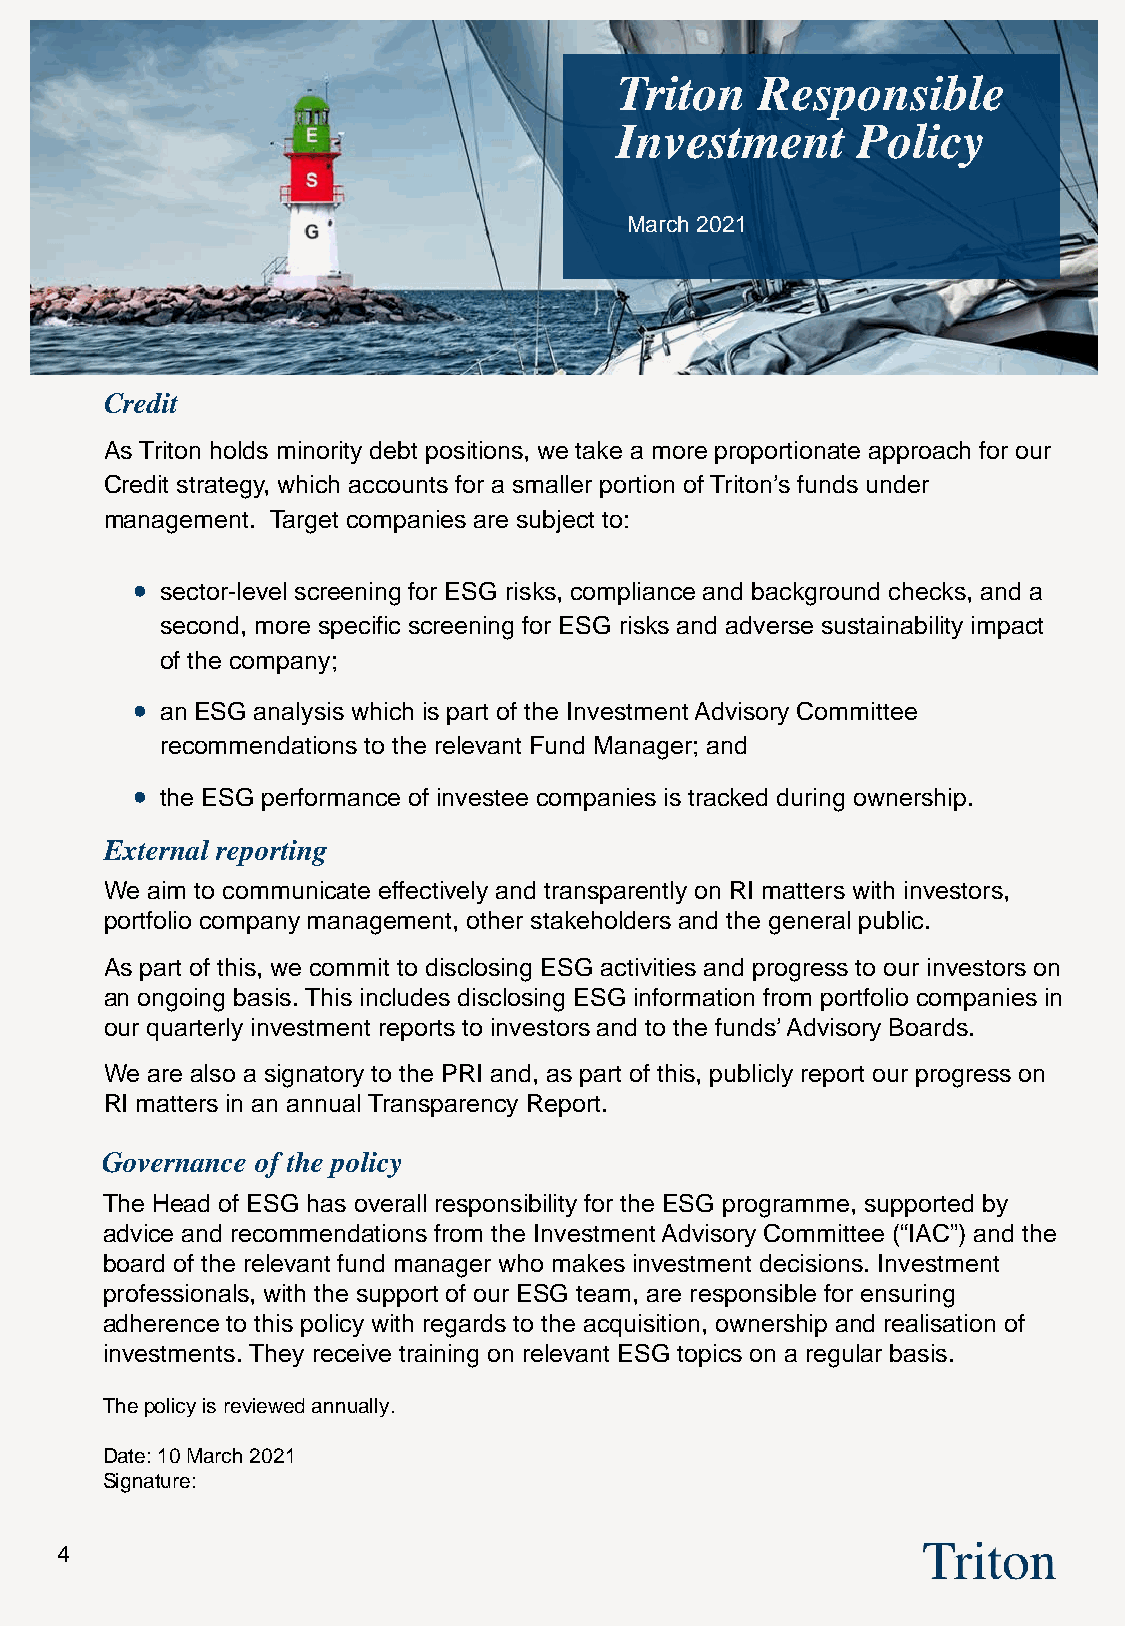
Triton   Responsible
 Investment      Policy
 March 2021
 Credit
 As Triton holds minority debt positions, we take a more proportionate approach for our
 Credit strategy, which accounts for a smaller portion of Triton’s funds under
 management. Target companies are subject to:
 •
 sector-level screening for ESG risks, compliance and background checks, and a
 second, more specific screening for ESG risks and adverse sustainability impact
 of the company;
 •
 an ESG analysis which is part of the Investment Advisory Committee
 recommendations to the relevant Fund Manager; and
 •
 the ESG performance of investee companies is tracked during ownership.
 External reporting
 We aim to communicate effectively and transparently on RI matters with investors,
 portfolio company management, other stakeholders and the general public.
 As part of this, we commit to disclosing ESG activities and progress to our investors on
 an ongoing basis. This includes disclosing ESG information from portfolio companies in
 our quarterly investment reports to investors and to the funds’ Advisory Boards.
 We are also a signatory to the PRI and, as part of this, publicly report our progress on
 RI matters in an annual Transparency Report.
 Governance of the policy
 The Head of ESG has overall responsibility for the ESG programme, supported by
 advice and recommendations from the Investment Advisory Committee (“IAC”) and the
 board of the relevant fund manager who makes investment decisions. Investment
 professionals, with the support of our ESG team, are responsible for ensuring
 adherence to this policy with regards to the acquisition, ownership and realisation of
 investments. They receive training on relevant ESG topics on a regular basis.
 The policy is reviewed annually.
 Date: 10 March 2021
 Signature:
 4